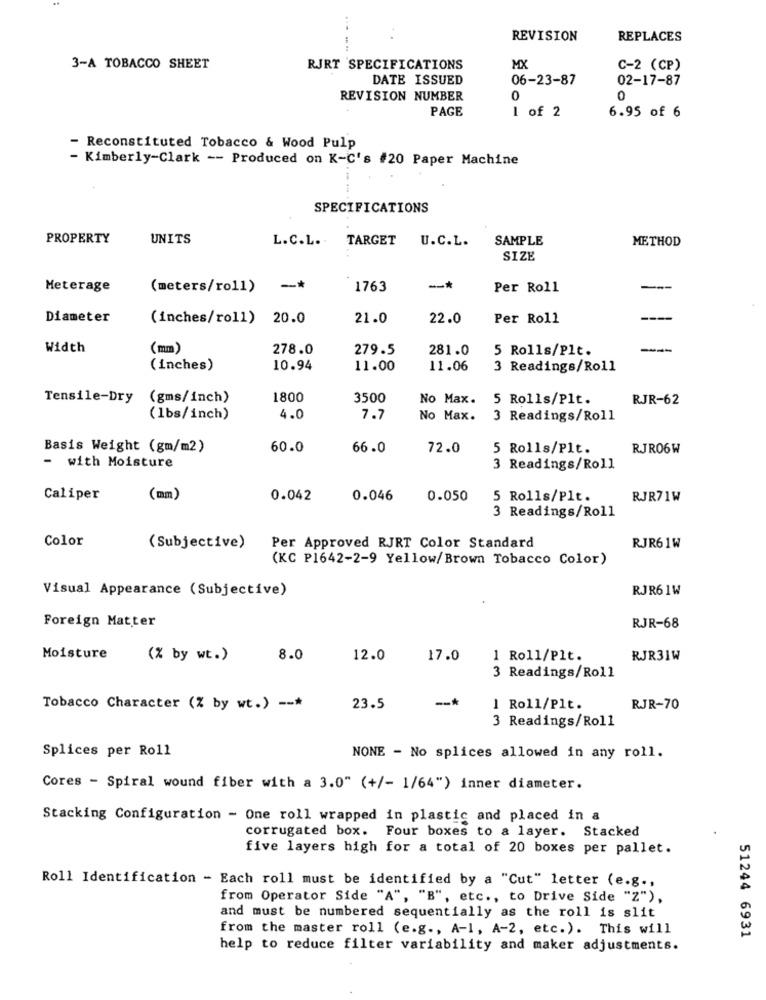
REVISION
REPLACES
3-A TOBACCO SHEET
RJRT SPECIFICATIONS
MX
C-2 (CP)
DATE ISSUED
06-23-87
02-17-87
REVISION NUMBER
0
0
PAGE
1 of 2
6.95 of 6
- Reconstituted Tobacco & Wood Pulp
- Kimberly-Clark -- Produced on K-C's #20 Paper Machine
SPECIFICATIONS
PROPERTY
UNITS
L.C.L.
TARGET U.C.L.
SAMPLE
METHOD
SIZE
Meterage
(meters/roll) -*
1763
-*
Per Roll
Diameter
(inches/roll)
20.0
21.0
22.0
Per Roll
Width
(mm)
278.0
279.5
281.0
5 Rolls/Plt.
(inches)
10.94
11.00
11.06
3 Readings/Roll
Tensile-Dry
(gms/inch)
1800
3500
No Max.
5 Rolls/Plt.
RJR-62
(lbs/inch)
4.0
7.7
No Max.
3 Readings/Roll
Basis Weight (gm/m2)
60.0
66.0
72.0
5 Rolls/Plt.
RJRO6W
- with Moisture
3 Readings/Roll
Caliper
(mm)
0.042
0.046
0.050
5 Rolls/Plt.
RJR71W
3 Readings/Roll
Color
(Subjective)
Per Approved RJRT Color Standard
RJR6 1W
(KC P1642-2-9 Yellow/Brown Tobacco Color)
Visual Appearance (Subjective)
RJR6 1W
Foreign Matter
RJR-68
Moisture
(% by wt.)
8.0
12.0
17.0
1 Roll/Plt.
RJR31W
3 Readings/Roll
--*
Tobacco Character (% by wt.) --*
23.5
1 Roll/Plt.
RJR-70
3 Readings/Roll
Splices per Roll
NONE - No splices allowed in any roll.
Cores - Spiral wound fiber with a 3.0" (+/- 1/64") inner diameter.
Stacking Configuration - One roll wrapped in plastic and placed in a
corrugated box. Four boxes to a layer. Stacked
five layers high for a total of 20 boxes per pallet.
Roll Identification - Each roll must be identified by a "Cut" letter (e.g .,
from Operator Side "A", "B", etc ., to Drive Side "Z"),
and must be numbered sequentially as the roll is slit
from the master roll (e.g ., A-1, A-2, etc.). This will
51244 6931
help to reduce filter variability and maker adjustments.